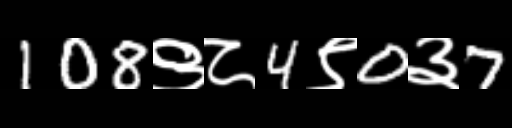
Text: 108९८4९0३7